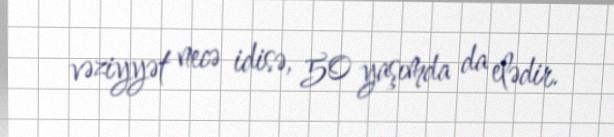
vəziyyət necə idisə, 50 yaşımda da elədir.